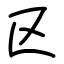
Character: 区